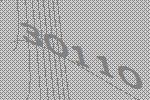
30110